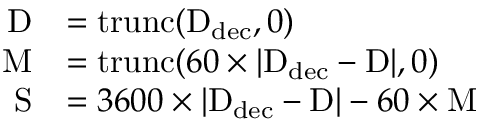
{ \begin{array} { r l } { \mathrm { D } } & { = \operatorname { t r u n c } ( \mathrm { D } _ { \mathrm { d e c } } , 0 ) } \\ { \mathrm { M } } & { = \operatorname { t r u n c } ( 6 0 \times | \mathrm { D } _ { \mathrm { d e c } } - \mathrm { D } | , 0 ) } \\ { \mathrm { S } } & { = 3 6 0 0 \times | \mathrm { D } _ { \mathrm { d e c } } - \mathrm { D } | - 6 0 \times \mathrm { M } } \end{array} }